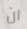
ان